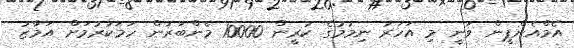
އެމްއެންޕީން ވަނީ މި އަހަރު ނިމުމުގެ ކުރީން 10000 މެންބަރުން ހަމަކުރުމަށް އަމާޒު